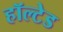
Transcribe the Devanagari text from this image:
हॉल्टेड